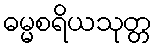
ဓမ္မစရိယသုတ္တ